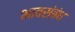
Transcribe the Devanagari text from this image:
भावसंबंध